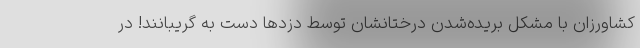
کشاورزان با مشکل بریده‌شدن درختانشان توسط دزدها دست به گریبانند! در